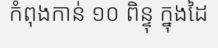
កំពុងកាន់ ១០ ពិន្ទុ ក្នុងដៃ